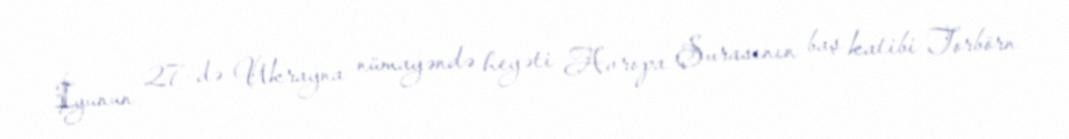
İyunun 27-də Ukrayna nümayəndə heyəti Avropa Şurasının baş katibi Torbörn